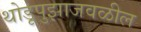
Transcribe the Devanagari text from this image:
थोडूपुझाजवळील